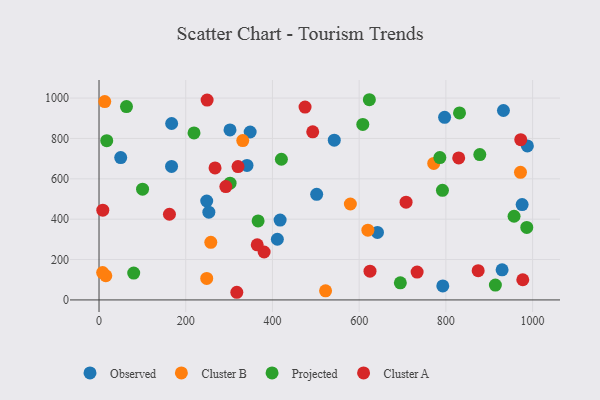
{"axis": {"x": "Distance", "y": "Rating"}, "legend": ["Cluster A", "Cluster B", "Observed", "Projected"], "data": [{"x": "542.6", "y": 791.2, "type": "Observed"}, {"x": "248.4", "y": 490.1, "type": "Observed"}, {"x": "341.3", "y": 666.4, "type": "Observed"}, {"x": "417.7", "y": 395.7, "type": "Observed"}, {"x": "167.3", "y": 661.2, "type": "Observed"}, {"x": "642.2", "y": 334.6, "type": "Observed"}, {"x": "932.8", "y": 938.5, "type": "Observed"}, {"x": "502.0", "y": 523.0, "type": "Observed"}, {"x": "411.3", "y": 300.6, "type": "Observed"}, {"x": "929.7", "y": 148.9, "type": "Observed"}, {"x": "253.3", "y": 434.7, "type": "Observed"}, {"x": "50.0", "y": 705.3, "type": "Observed"}, {"x": "302.1", "y": 842.0, "type": "Observed"}, {"x": "975.9", "y": 472.5, "type": "Observed"}, {"x": "988.0", "y": 763.0, "type": "Observed"}, {"x": "348.6", "y": 832.0, "type": "Observed"}, {"x": "797.1", "y": 904.8, "type": "Observed"}, {"x": "167.5", "y": 874.0, "type": "Observed"}, {"x": "792.9", "y": 69.6, "type": "Observed"}, {"x": "248.4", "y": 106.7, "type": "Cluster B"}, {"x": "522.5", "y": 45.2, "type": "Cluster B"}, {"x": "15.7", "y": 119.7, "type": "Cluster B"}, {"x": "772.0", "y": 676.3, "type": "Cluster B"}, {"x": "620.1", "y": 345.6, "type": "Cluster B"}, {"x": "8.3", "y": 135.5, "type": "Cluster B"}, {"x": "579.7", "y": 475.2, "type": "Cluster B"}, {"x": "972.1", "y": 631.9, "type": "Cluster B"}, {"x": "13.2", "y": 982.5, "type": "Cluster B"}, {"x": "331.5", "y": 789.4, "type": "Cluster B"}, {"x": "257.8", "y": 285.2, "type": "Cluster B"}, {"x": "366.9", "y": 391.2, "type": "Projected"}, {"x": "831.5", "y": 926.3, "type": "Projected"}, {"x": "63.3", "y": 958.0, "type": "Projected"}, {"x": "100.4", "y": 548.5, "type": "Projected"}, {"x": "219.1", "y": 827.1, "type": "Projected"}, {"x": "792.1", "y": 542.8, "type": "Projected"}, {"x": "914.2", "y": 73.6, "type": "Projected"}, {"x": "786.1", "y": 705.2, "type": "Projected"}, {"x": "623.5", "y": 991.8, "type": "Projected"}, {"x": "695.0", "y": 84.8, "type": "Projected"}, {"x": "420.6", "y": 696.8, "type": "Projected"}, {"x": "302.3", "y": 578.4, "type": "Projected"}, {"x": "878.3", "y": 720.3, "type": "Projected"}, {"x": "608.4", "y": 869.2, "type": "Projected"}, {"x": "80.0", "y": 133.2, "type": "Projected"}, {"x": "17.8", "y": 789.0, "type": "Projected"}, {"x": "957.3", "y": 414.6, "type": "Projected"}, {"x": "986.6", "y": 359.2, "type": "Projected"}, {"x": "708.2", "y": 484.4, "type": "Cluster A"}, {"x": "8.7", "y": 444.4, "type": "Cluster A"}, {"x": "977.4", "y": 99.9, "type": "Cluster A"}, {"x": "162.4", "y": 424.4, "type": "Cluster A"}, {"x": "267.6", "y": 653.9, "type": "Cluster A"}, {"x": "475.2", "y": 955.3, "type": "Cluster A"}, {"x": "380.8", "y": 237.5, "type": "Cluster A"}, {"x": "249.3", "y": 989.9, "type": "Cluster A"}, {"x": "320.6", "y": 660.8, "type": "Cluster A"}, {"x": "364.9", "y": 273.0, "type": "Cluster A"}, {"x": "733.7", "y": 137.9, "type": "Cluster A"}, {"x": "625.0", "y": 142.6, "type": "Cluster A"}, {"x": "292.5", "y": 561.7, "type": "Cluster A"}, {"x": "829.6", "y": 703.7, "type": "Cluster A"}, {"x": "317.8", "y": 37.9, "type": "Cluster A"}, {"x": "492.9", "y": 832.8, "type": "Cluster A"}, {"x": "874.5", "y": 145.1, "type": "Cluster A"}, {"x": "972.7", "y": 793.9, "type": "Cluster A"}]}